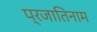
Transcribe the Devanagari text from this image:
प्रजातिनाम